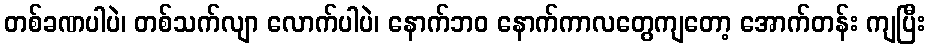
တစ်ခဏပါပဲ၊ တစ်သက်လျာ လောက်ပါပဲ၊ နောက်ဘဝ နောက်ကာလတွေကျတော့ အောက်တန်း ကျပြီး